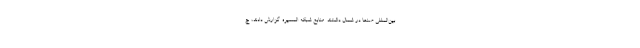
بین‌المللی صنعا در شمال داشتند. منابع شبکه المسیره گزارش دادند، ج